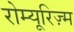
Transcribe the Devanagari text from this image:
रोम्यूरिज़्म